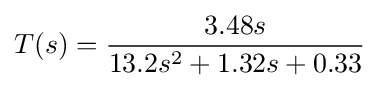
T(s)={\frac {3.48s}{13.2s^{2}+1.32s+0.33}}